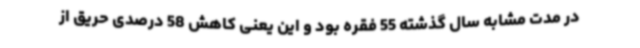
در مدت مشابه سال گذشته 55 فقره بود و این یعنی کاهش 58 درصدی حریق از